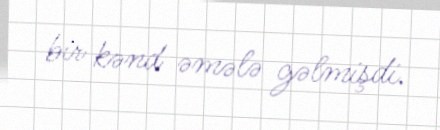
bir kənd əmələ gəlmişdi.